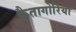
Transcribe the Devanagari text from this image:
कैतागोरिया